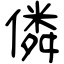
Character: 僯